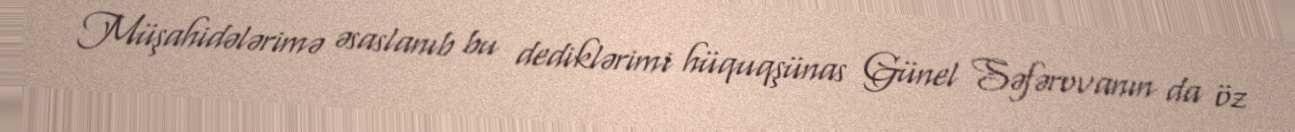
Müşahidələrimə əsaslanıb bu dediklərimi hüquqşünas Günel Səfərovanın da öz